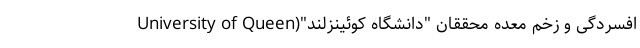
افسردگی و زخم معده محققان "دانشگاه کوئینزلند"(University of Queen